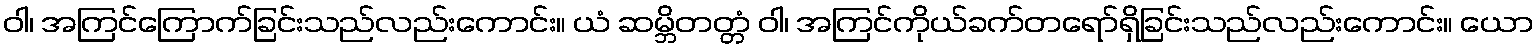
ဝါ၊ အကြင်ကြောက်ခြင်းသည်လည်းကောင်း။ ယံ ဆမ္ဘိတတ္တံ ဝါ၊ အကြင်ကိုယ်ခက်တရော်ရှိခြင်းသည်လည်းကောင်း။ ယော